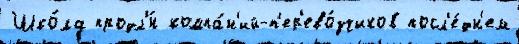
Шко́ла продл'́н компа́н'ий-п'ер'ево́зчиков посл'е́дн'ем